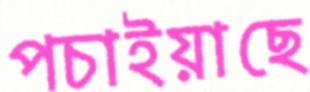
পচাইয়াছে